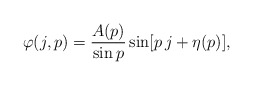
\begin{align*}\varphi(j,p)=\frac{A(p)}{\sin p} \sin[p\, j+\eta(p)],\end{align*}